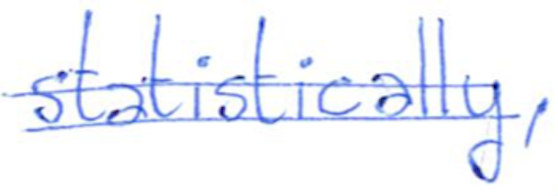
Text: statistically,
Cross-out: double-line
Writing tool: ballpoint